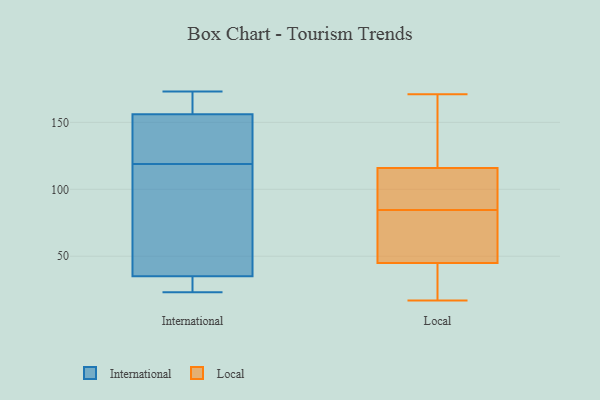
{"axis": {"x": "Tickets Resolved", "y": "Value"}, "legend": ["International", "Local"], "data": [{"x": "", "y": 38, "type": "International"}, {"x": "", "y": 156, "type": "International"}, {"x": "", "y": 147, "type": "International"}, {"x": "", "y": 91, "type": "International"}, {"x": "", "y": 173, "type": "International"}, {"x": "", "y": 158, "type": "International"}, {"x": "", "y": 148, "type": "International"}, {"x": "", "y": 33, "type": "International"}, {"x": "", "y": 23, "type": "International"}, {"x": "", "y": 35, "type": "International"}, {"x": "", "y": 35, "type": "Local"}, {"x": "", "y": 84, "type": "Local"}, {"x": "", "y": 58, "type": "Local"}, {"x": "", "y": 87, "type": "Local"}, {"x": "", "y": 85, "type": "Local"}, {"x": "", "y": 17, "type": "Local"}, {"x": "", "y": 117, "type": "Local"}, {"x": "", "y": 107, "type": "Local"}, {"x": "", "y": 147, "type": "Local"}, {"x": "", "y": 171, "type": "Local"}, {"x": "", "y": 17, "type": "Local"}, {"x": "", "y": 45, "type": "Local"}, {"x": "", "y": 67, "type": "Local"}, {"x": "", "y": 116, "type": "Local"}]}